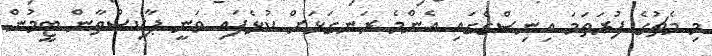
މި މެޗުގެ ފުރަތަމަ އިނިސްގްގައި އެންމެ ރަނގަޅަށް ކުޅެފައި ވަނީ ޕާކިސްތާން ޓީމުން